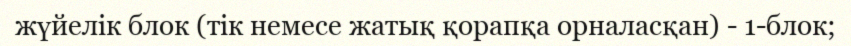
жүйелік блок (тік немесе жатық қорапқа орналасқан) - 1-блок;